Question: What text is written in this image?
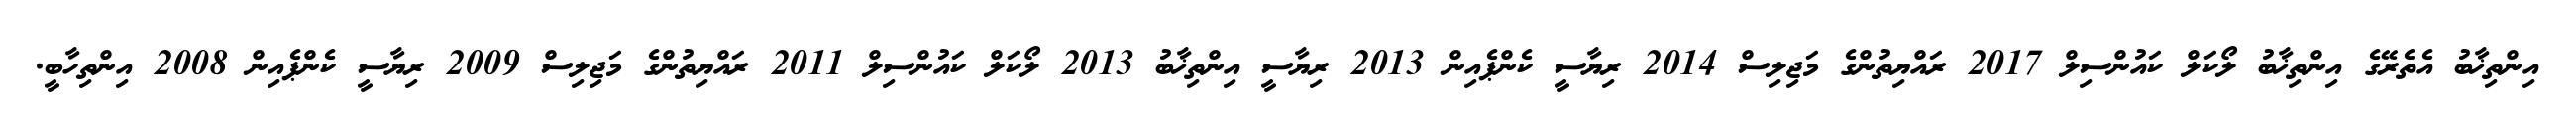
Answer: އިންތިޚާބު އެތެރޭގެ އިންތިޚާބު ލޯކަލް ކައުންސިލް 2017 ރައްޔިތުންގެ މަޖިލިސް 2014 ރިޔާސީ ކެންޕެއިން 2013 ރިޔާސީ އިންތިޚާބު 2013 ލޯކަލް ކައުންސިލް 2011 ރައްޔިތުންގެ މަޖިލިސް 2009 ރިޔާސީ ކެންޕެއިން 2008 އިންތިހާބީ.